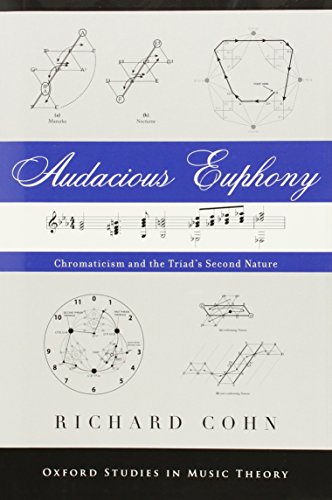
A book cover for Audacious Euphony: Chromatic Harmony and the Triad's Second Nature (Oxford Studies in Music Theory); Richard Cohn; Christian Books & Bibles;